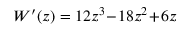
W ^ { \prime } ( z ) = 1 2 z ^ { 3 } \! - \! 1 8 z ^ { 2 } \! + \! 6 z